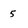
Character: 5